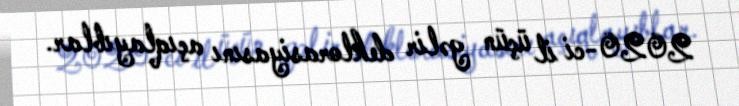
2020-ci il üçün gəlir deklorasiyasını açıqlayıblar.